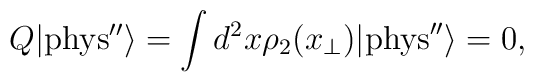
Q |{\rm{phys''}} \rangle = \int d^2 x \rho_2(x_\perp)   |{\rm{phys}''} \rangle =0,